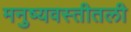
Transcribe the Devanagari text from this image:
मनुष्यवस्तीतली